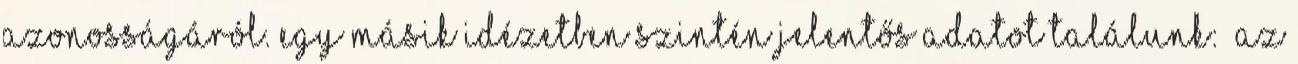
azonosságáról. Egy másik idézetben szintén jelentős adatot találunk: „Az